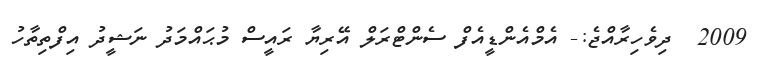
2009  ދިވެހިރާއްޖެ:- އެމްއެންޑީއެފް ސެންޓްރަލް އޭރިޔާ ރައީސް މުޙައްމަދު ނަޝީދު އިފްތިތާހު